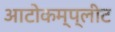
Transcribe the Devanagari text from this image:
आटोकम्प्लीट